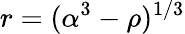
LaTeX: r=(\alpha^{3}-\rho)^{1/3}